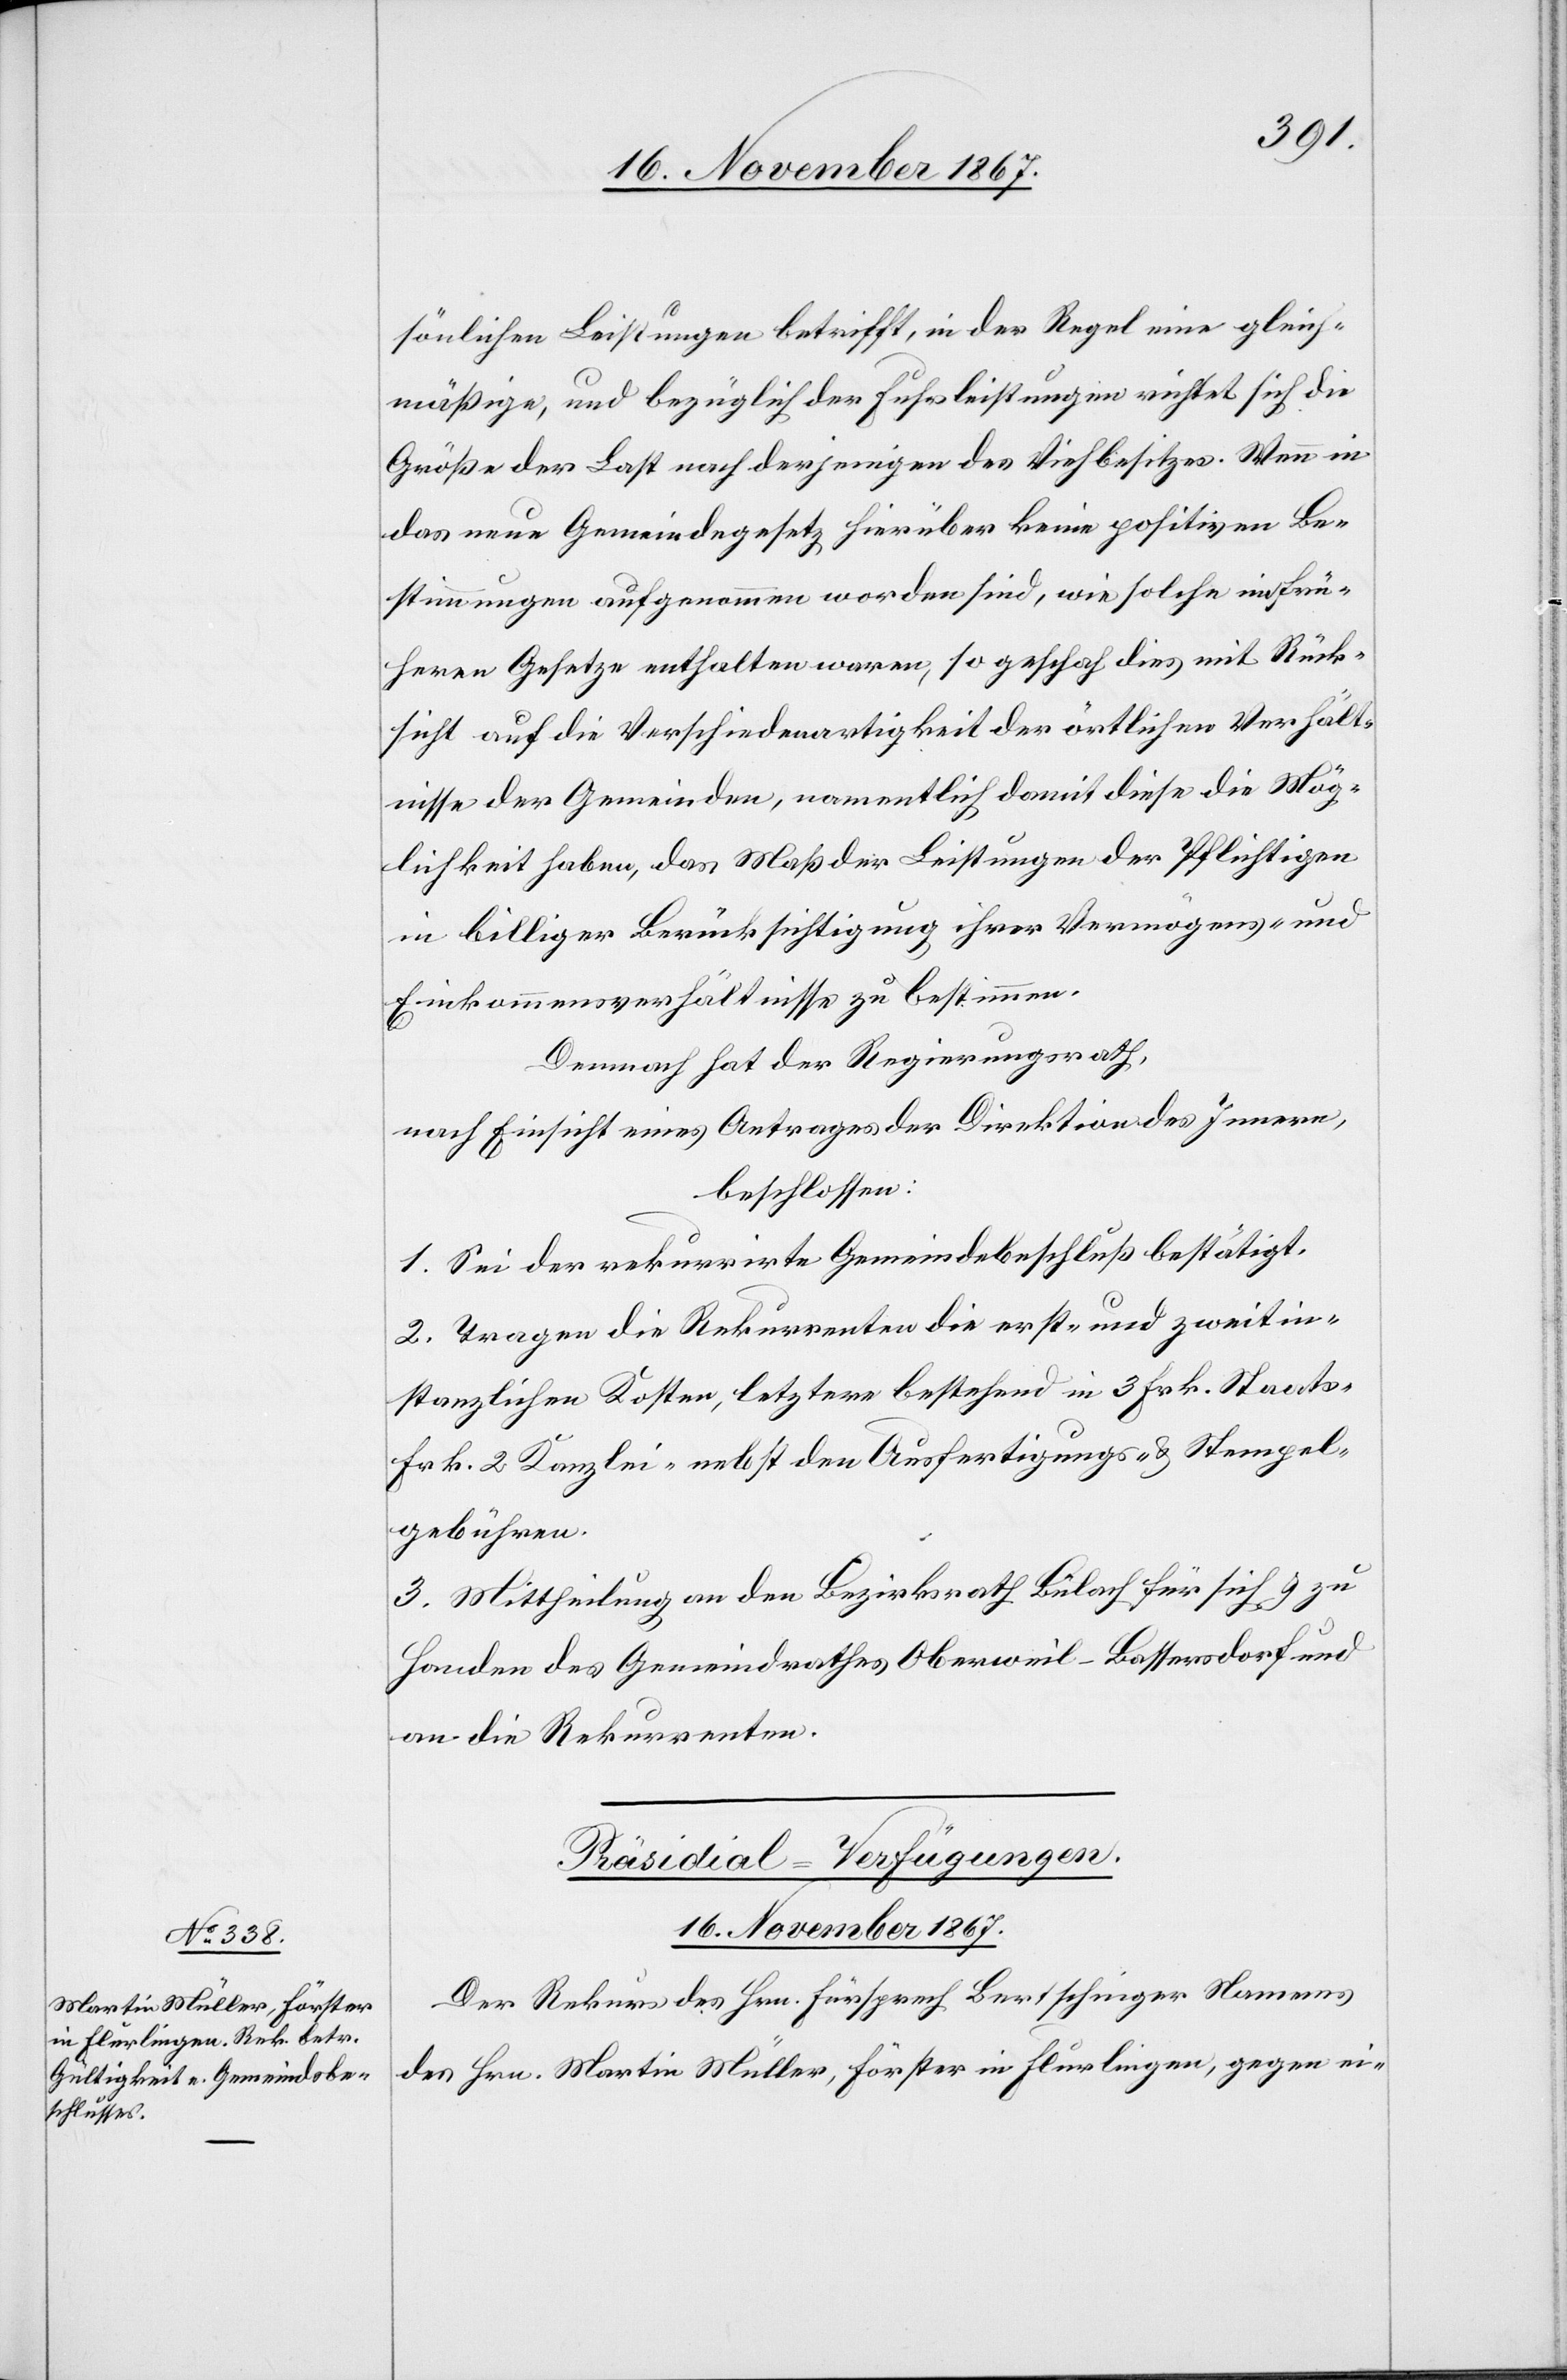
sönlichen Leistungen betrifft, in der Regel eine gleich¬
mäßige, und bezüglich der Fuhrleistungen richtet sich die
Größe der Last nach derjenigen des Viehbesitzes. Wenn in
das neue Gemeindegesetz hierüber keine positiven Be¬
stimmungen aufgenommen worden sind, wie solche im frü¬
heren Gesetze enthalten waren, so geschah dies mit Rück¬
sicht auf die Verschiedenartigkeit der örtlichen Verhält¬
nisse der Gemeinden, namentlich damit diese die Mög¬
lichkeit haben, das Maß der Leistungen der Pflichtigen
in billiger Berücksichtigung ihrer Vermögens- und
Einkommensverhältnisse zu bestimmen.
Demnach hat der Regierungsrath,
nach Einsicht eines Antrages der Direktion des Innern,
beschlossen:
1. Sei der rekurrirte Gemeindebeschluß bestätigt.
2. Tragen die Rekurrenten die erst- und zweitin¬
stanzlichen Kosten, letztere bestehend in 3 Frk. Staats-[,]
Frk. 2 Kanzlei- nebst den Ausfertigungs- u. Stempel¬
gebühren.
3. Mittheilung an den Bezirksrath Bülach für sich u. zu
Handen des Gemeindrathes Oberweil-Bassersdorf und
an die Rekurrenten.
Präsidial-Verfügungen.
16. November 1867.
Der Rekurs des Hrn. Fürsrprech Bertschinger Namens
des Hrn. Martin Müller, Förster in Flurlingen, gegen ei-